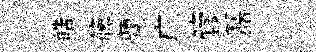
皓簰蘭广管磊